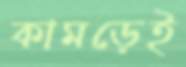
কামড়েই